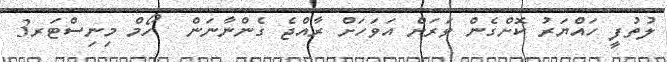
ލުތުފީ ހައްޔަރު ކޮށްގެން ވަރަށް އަވަހަށް ރާއްޖެ ގެންނާނަން  ހޯމް މިނިސްޓަރ3